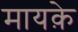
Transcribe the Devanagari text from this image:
मायक़े